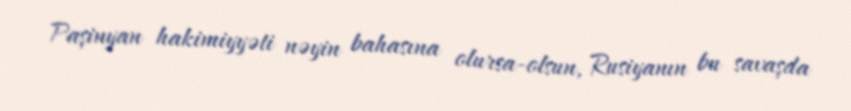
Paşinyan hakimiyyəti nəyin bahasına olursa-olsun, Rusiyanın bu savaşda